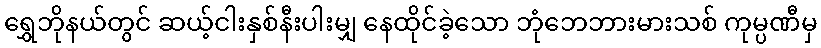
ရွှေဘိုနယ်တွင် ဆယ့်ငါးနှစ်နီးပါးမျှ နေထိုင်ခဲ့သော ဘုံဘေဘားမားသစ် ကုမ္ပဏီမှ